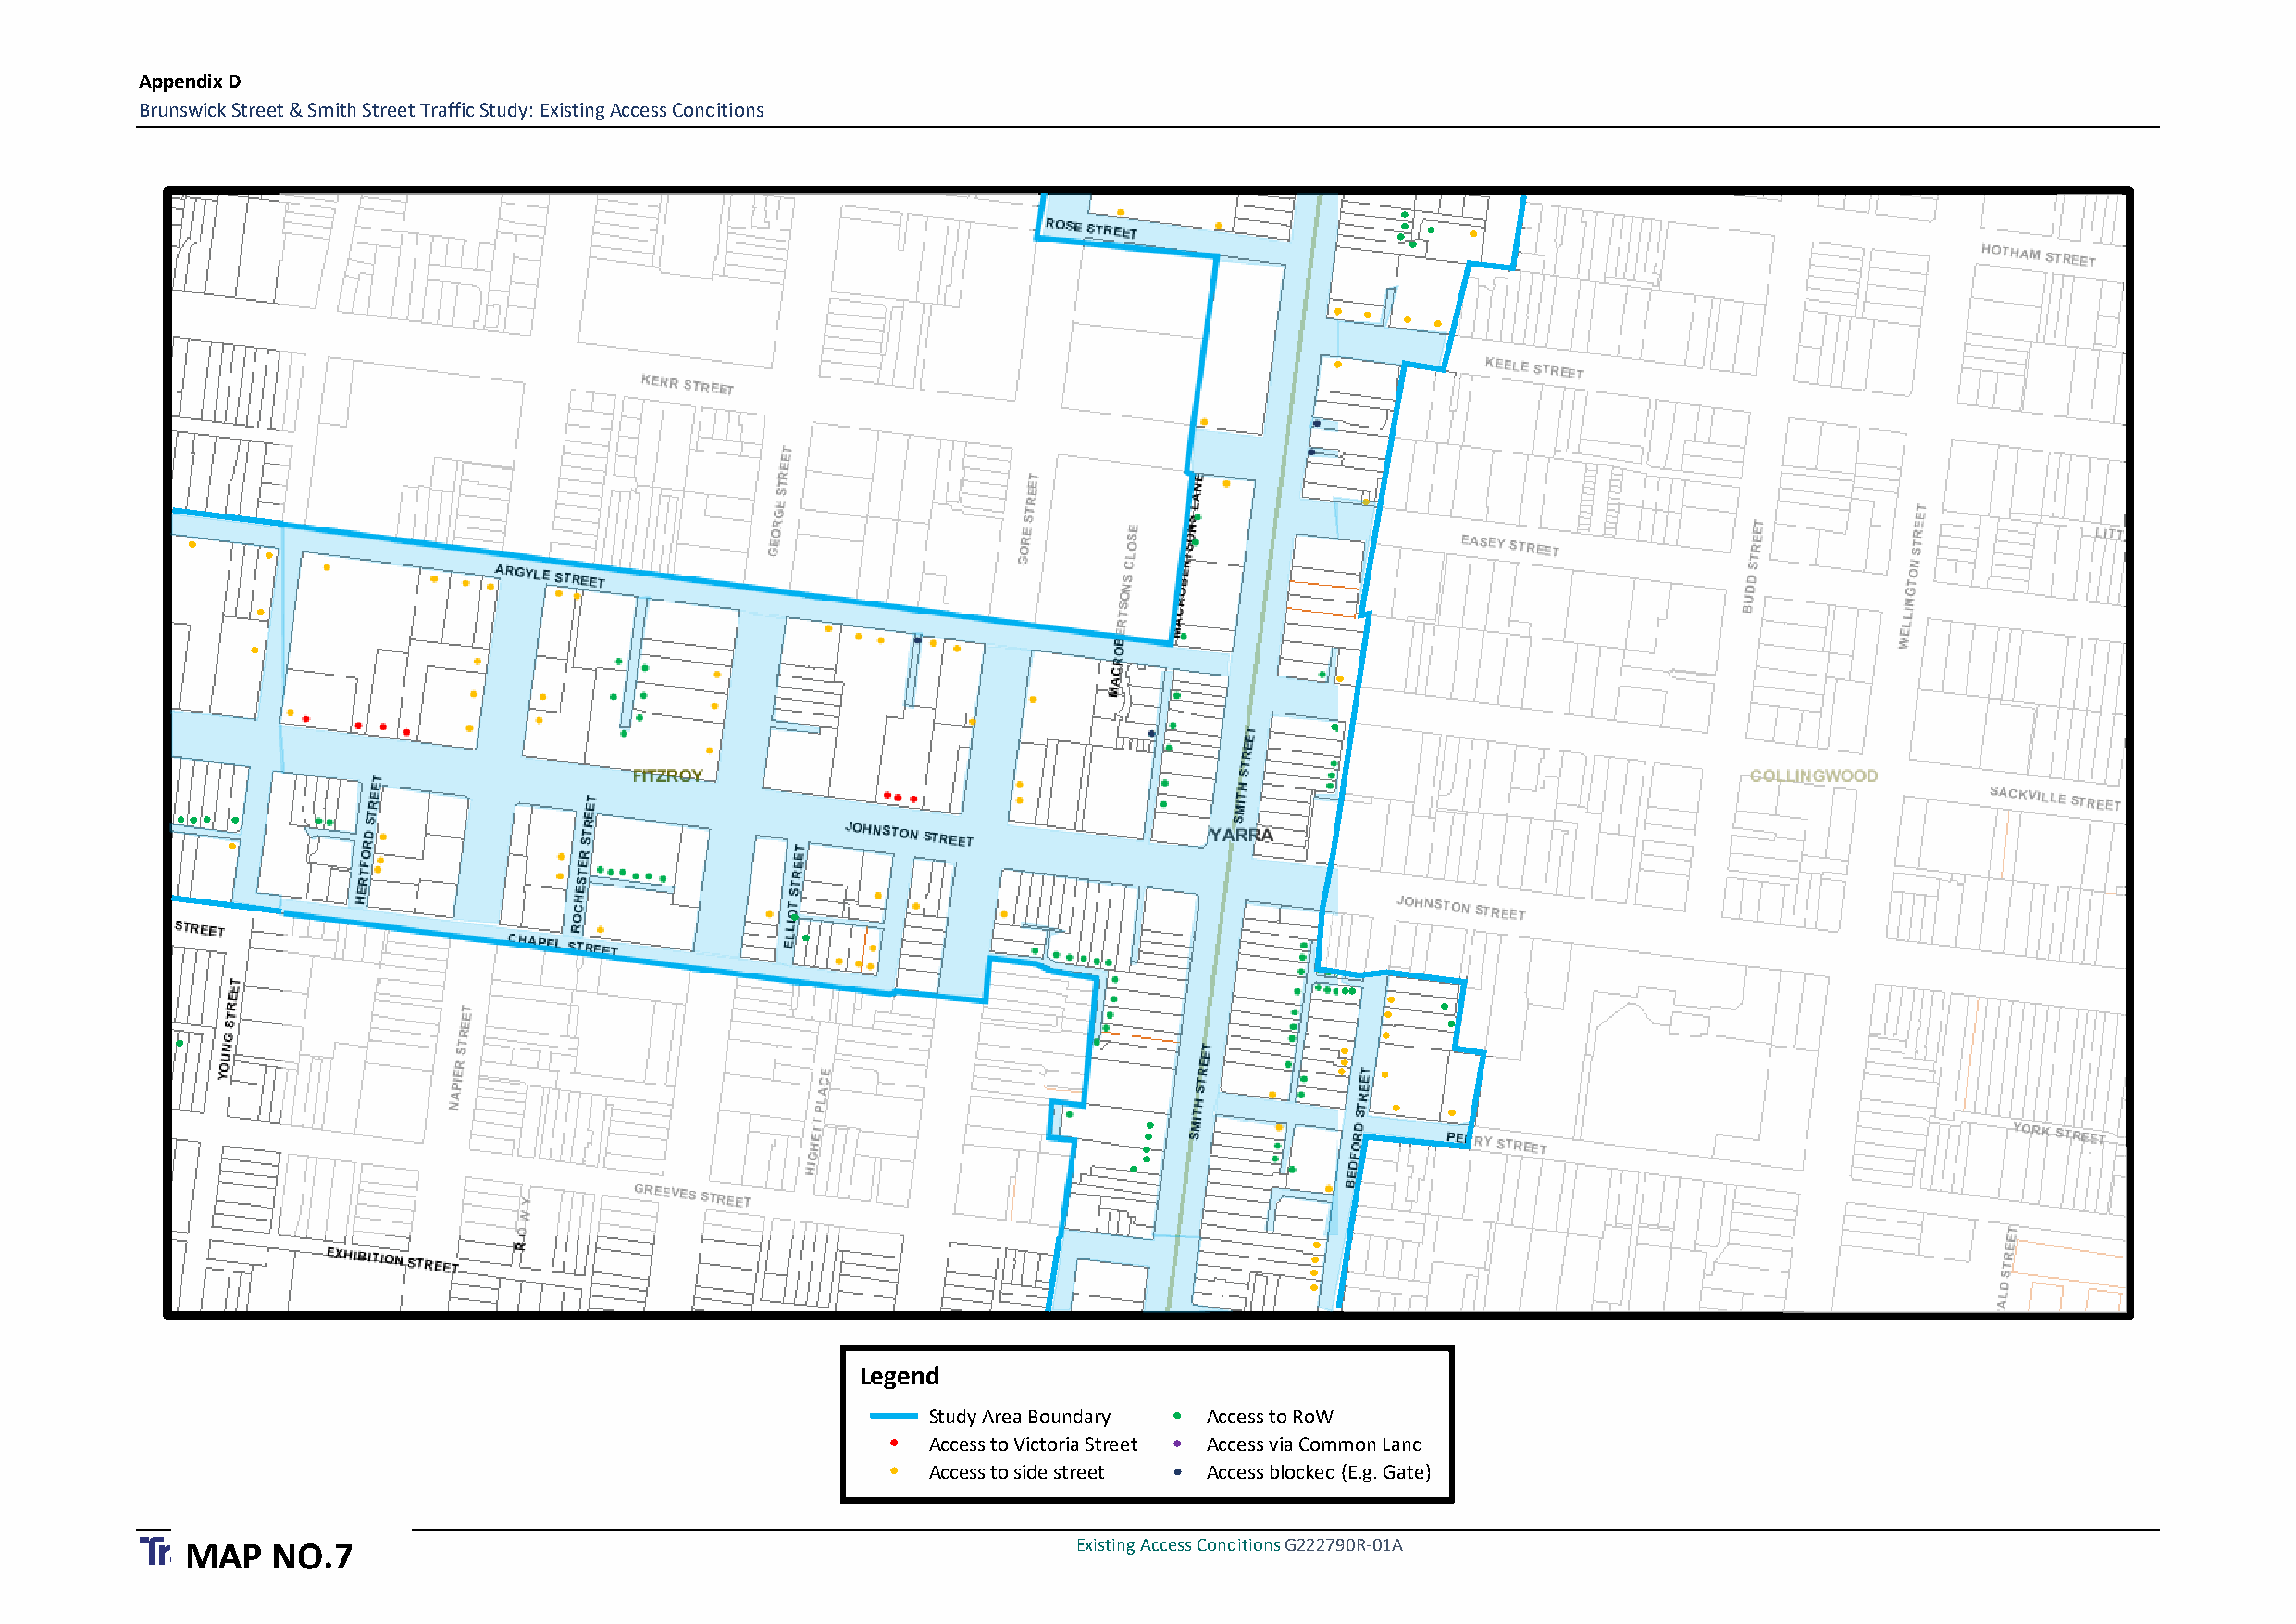
Appendix D
 Brunswick Street & Smith Street Traffic Study: Existing Access Conditions
 Legend
 Study Area Boundary Access to RoW
 Access to Victoria Street Access via Common Land
 Access to side street Access blocked (E.g. Gate)
 Existing Access Conditions G222790R-01A
 MAP   NO.7